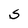
Character: S